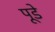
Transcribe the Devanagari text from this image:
पूडे